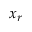
x _ { r }